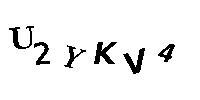
U2YKV4